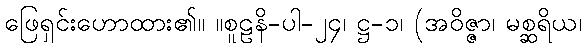
ဖြေရှင်းဟောထား၏။ ။စူဠနိ-ပါ-၂၄၊ ဋ္ဌ-၁၊ (အဝိဇ္ဇာ၊ မစ္ဆရိယ၊